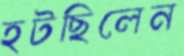
হটছিলেন